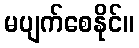
မပျက်စေနိုင်။